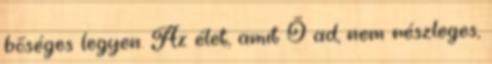
bőséges legyen. Az élet, amit Ő ad, nem részleges,